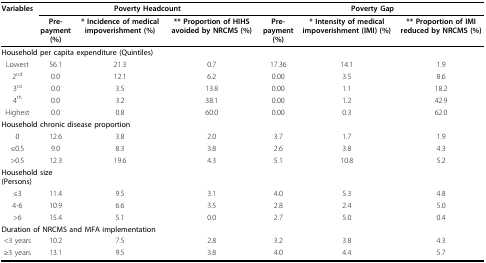
<table><thead><tr><td><b>Variables</b></td><td colspan="3"><b>Poverty Headcount</b></td><td colspan="3"><b>Poverty Gap</b></td></tr><tr><td></td><td><b>Pre-payment (%)</b></td><td><b>* Incidence of medical impoverishment (%)</b></td><td><b>** Proportion of HIHS avoided by NRCMS (%)</b></td><td><b>Pre-payment (%)</b></td><td><b>* Intensity of medical impoverishment (IMI) (%)</b></td><td><b>** Proportion of IMI reduced by NRCMS (%)</b></td></tr></thead><tbody><tr><td colspan="7"><b>Household per capita expenditure (Quintiles)</b></td></tr><tr><td>Lowest</td><td>56.1</td><td>21.3</td><td>0.7</td><td>17.36</td><td>14.1</td><td>1.9</td></tr><tr><td>2<sup>nd</sup></td><td>0.0</td><td>12.1</td><td>6.2</td><td>0.00</td><td>3.5</td><td>8.6</td></tr><tr><td>3<sup>rd</sup></td><td>0.0</td><td>3.5</td><td>13.8</td><td>0.00</td><td>1.1</td><td>18.2</td></tr><tr><td>4<sup>th</sup></td><td>0.0</td><td>3.2</td><td>38.1</td><td>0.00</td><td>1.2</td><td>42.9</td></tr><tr><td>Highest</td><td>0.0</td><td>0.8</td><td>60.0</td><td>0.00</td><td>0.3</td><td>62.0</td></tr><tr><td colspan="7"><b>Household chronic disease proportion</b></td></tr><tr><td>0</td><td>12.6</td><td>3.8</td><td>2.0</td><td>3.7</td><td>1.7</td><td>1.9</td></tr><tr><td>≤0.5</td><td>9.0</td><td>8.3</td><td>3.8</td><td>2.6</td><td>3.8</td><td>4.3</td></tr><tr><td>&gt;0.5</td><td>12.3</td><td>19.6</td><td>4.3</td><td>5.1</td><td>10.8</td><td>5.2</td></tr><tr><td colspan="2"><b>Household size (Persons)</b></td><td></td><td></td><td></td><td></td><td></td></tr><tr><td>≤3</td><td>11.4</td><td>9.5</td><td>3.1</td><td>4.0</td><td>5.3</td><td>4.8</td></tr><tr><td>4-6</td><td>10.9</td><td>6.6</td><td>3.5</td><td>2.8</td><td>2.4</td><td>5.0</td></tr><tr><td>&gt;6</td><td>15.4</td><td>5.1</td><td>0.0</td><td>2.7</td><td>5.0</td><td>0.4</td></tr><tr><td colspan="3"><b>Duration of NRCMS and MFA implementation</b></td><td></td><td></td><td></td><td></td></tr><tr><td>&lt;3 years</td><td>10.2</td><td>7.5</td><td>2.8</td><td>3.2</td><td>3.8</td><td>4.3</td></tr><tr><td>≥3 years</td><td>13.1</td><td>9.5</td><td>3.8</td><td>4.0</td><td>4.4</td><td>5.7</td></tr></tbody></table>